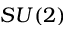
S U ( 2 )